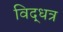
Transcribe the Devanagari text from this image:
विद्धत्र